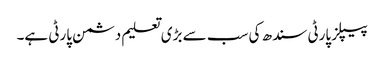
پیپلز پارٹی سندھ کی سب سے بڑی تعلیم دشمن پارٹی ہے۔